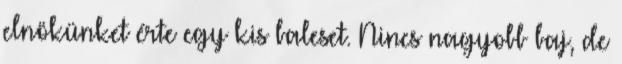
elnökünket érte egy kis baleset. Nincs nagyobb baj, de